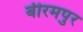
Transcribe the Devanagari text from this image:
बीरमपुर